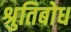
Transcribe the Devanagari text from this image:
श्रुतिबोध